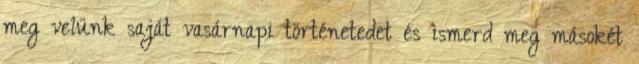
meg velünk saját vasárnapi történetedet és ismerd meg másokét